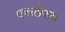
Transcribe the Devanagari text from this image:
एक्सप्रेशंस